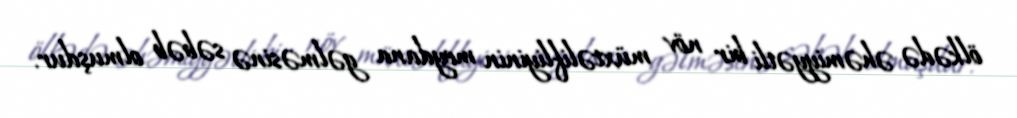
ölkədə əhəmiyyətli bir növ müxtəlifliyinin meydana gəlməsinə səbəb olmuşdur.